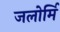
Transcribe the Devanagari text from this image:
जलोर्मि